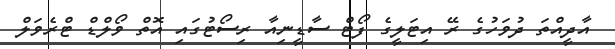
އާދީއްތަ ދުވަހުގެ ރޭ އިޓަލީގެ ފޯޓް ސާޑީނިއާ ރިސޯޓުގައި އޮތް ވޯލްޑް ޓްރެވަލް